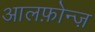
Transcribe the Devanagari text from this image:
आलफ़ोन्ज़